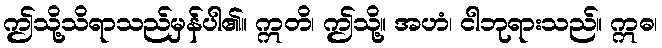
ဤသို့သိရာသည်မှန်ပါ၏။ ဣတိ၊ ဤသို့။ အဟံ၊ ငါဘုရားသည်။ ဣဓ၊